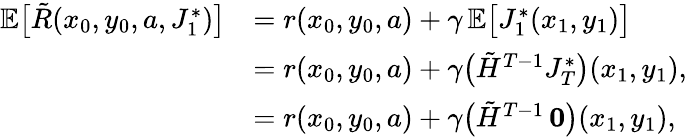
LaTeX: \begin{array}{rl}{\mathbb{E}\bigl[\tilde{R}(x_{0},y_{0},a,J_{1}^{*})\bigr]}&{=r(x_{0},y_{0},a)+\gamma\, \mathbb{E}\bigl[J_{1}^{*}(x_{1},y_{1})\bigr]}\\ &{=r(x_{0},y_{0},a)+\gamma\bigl(\tilde{H}^{T-1}J_{T}^{*}\bigr)(x_{1},y_{1}),}\\ &{=r(x_{0},y_{0},a)+\gamma\bigl(\tilde{H}^{T-1}\, \boldsymbol{0}\bigr)(x_{1},y_{1}),}\end{array}